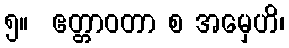
၅။  ဧတ္တာဝတာ စ အမှေဟိ၊